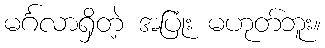
မင်္ဂလာရှိတဲ့ အပြုံး မဟုတ်ဘူး။